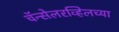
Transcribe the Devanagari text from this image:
चॅन्सेलरव्हिलच्या